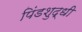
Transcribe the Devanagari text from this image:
पिंडशुद्धी